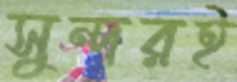
সুন্দরই